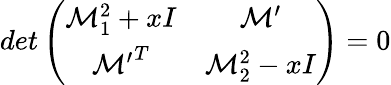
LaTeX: det\left(\begin{array}{cc}{{{\cal M}_{1}^{2}+xI}}&{{{\cal M^{\prime}}}}\\ {{{\cal M^{\prime}}^{T}}}&{{{\cal M}_{2}^{2}-xI}}\end{array}\right)=0